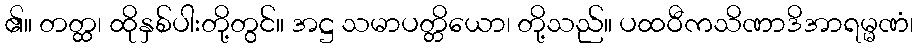
၏။ တတ္ထ၊ ထိုနှစ်ပါးတို့တွင်။ အဋ္ဌ သမာပတ္တိယော၊ တို့သည်။ ပထဝီကသိဏာဒိအာရမ္မဏံ၊